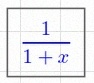
\frac{1}{1+x}